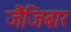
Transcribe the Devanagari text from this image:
जैंजिबार